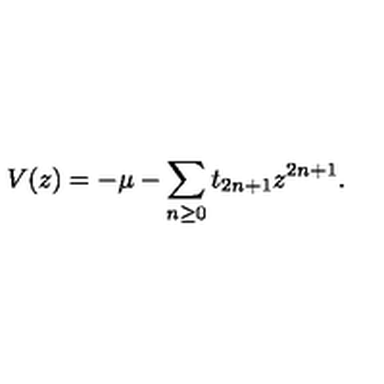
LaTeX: V ( z ) = - \mu - \sum _ { n \ge 0 } t _ { 2 n + 1 } z ^ { 2 n + 1 } .